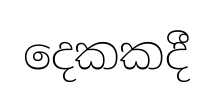
දෙකකදී